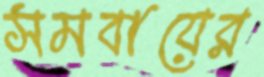
সমবায়ের